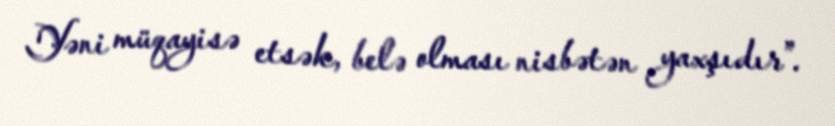
Yəni müqayisə etsək, belə olması nisbətən yaxşıdır”.